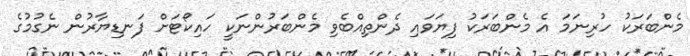
މެންބަރަކު ހުރިނަމަ އެ މެންބަރަކު ފިޔަވައި ދެންތިއްބެވި މެންބަރުންނަކީ ހައިކޯޓަށް ފަނޑިޔާރުން ނެގުމުގެ